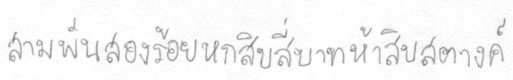
สามพันสองร้อยหกสิบสี่บาทห้าสิบสตางค์